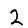
Digit: 2